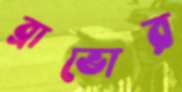
ব্রাভোর